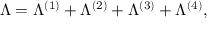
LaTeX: \Lambda = \Lambda ^ { ( 1 ) } + \Lambda ^ { ( 2 ) } + \Lambda ^ { ( 3 ) } + \Lambda ^ { ( 4 ) } ,